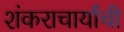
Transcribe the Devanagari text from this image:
शंकराचार्यांची